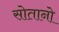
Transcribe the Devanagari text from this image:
सोतानो